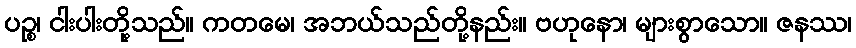
ပဉ္စ၊ ငါးပါးတို့သည်။ ကတမေ၊ အဘယ်သည်တို့နည်း။ ဗဟုနော၊ များစွာသော။ ဇနဿ၊